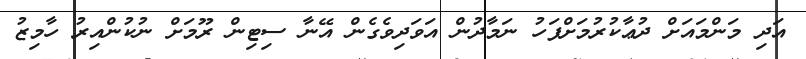
އަދި މަންމައަށް ދުޢާކުރުމަށްފަހު ނަމާދުން އަވަދިވެގެން އޭނާ ސިޓިން ރޫމަށް ނުކުންއިރު ހާމިޒު